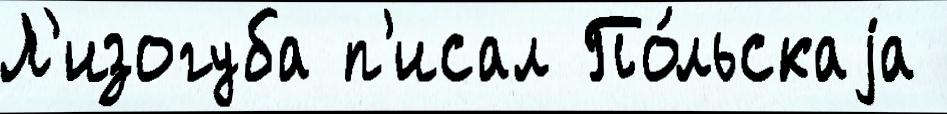
Л'изогуба п'исал По́льскаjа